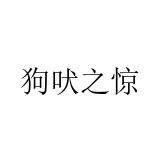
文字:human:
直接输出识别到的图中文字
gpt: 狗吠之惊